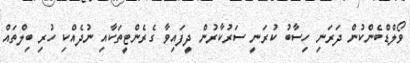
ވޯލްޑްބެންކުން ދަރަނި ހިސާބު ކުރަނީ ސަރުކާރުން ދީފައިވާ ގެރެންޓީތަކާއި ނުދެއްކި ހުރި ބިލްތައް